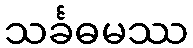
သင်္ခဓမဿ